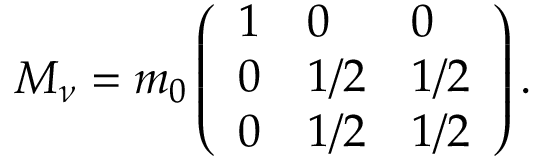
M _ { \nu } = m _ { 0 } \left( \begin{array} { l l l } { { 1 } } & { { 0 } } & { { 0 } } \\ { { 0 } } & { { 1 / 2 } } & { { 1 / 2 } } \\ { { 0 } } & { { 1 / 2 } } & { { 1 / 2 } } \end{array} \right) .